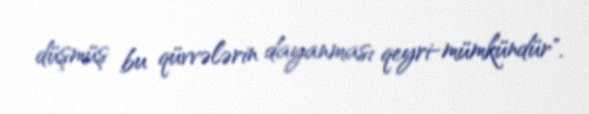
düşmüş bu qüvvələrin dayanması qeyri-mümkündür".